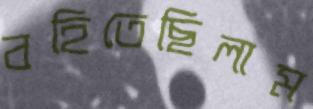
বহিতেছিলাম